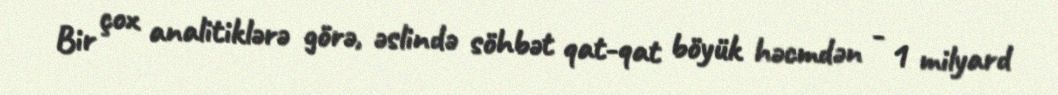
Bir çox analitiklərə görə, əslində söhbət qat-qat böyük həcmdən - 1 milyard